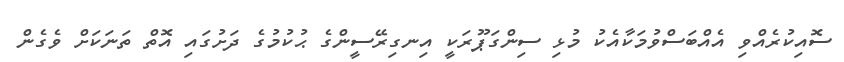
ސޮއިކުރެއްވި އެއްބަސްވުމަކާއެކު މުޅި ސިންގަޕޫރަކީ އިނގިރޭސީންގެ ޙުކުމުގެ ދަށުގައި އޮތް ތަނަކަށް ވެގެން